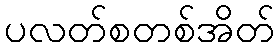
ပလတ်စတစ်အိတ်